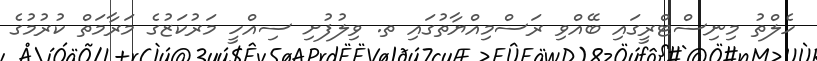
ހެލްތު މިނިސްޓްރީގައި ބޭއްވި ރަސްމިއްޔާތުގައި ތ. ވިލުފުށި ސިއްހީ މަރުކަޒުގެ މަރާމަތް ކުރުމުގެ